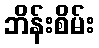
ဘိန်းစိမ်း